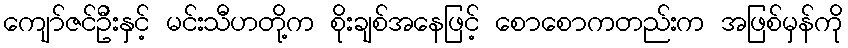
ကျော်ဇင်ဦးနှင့် မင်းသီဟတို့က စိုးချစ်အနေဖြင့် စောစောကတည်းက အဖြစ်မှန်ကို